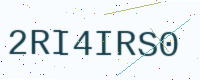
Text: 2RI4IRS0